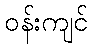
ဝန်းကျင်